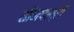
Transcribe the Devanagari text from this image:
तीनपात्री